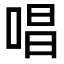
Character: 唱